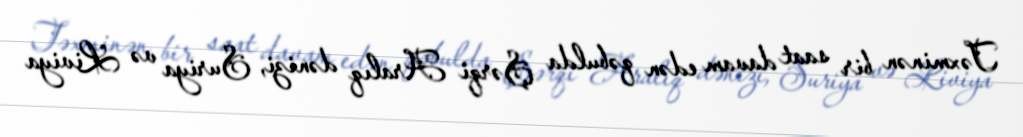
Təxminən bir saat davam edən qəbulda Şərqi Aralıq dənizi, Suriya və Liviya